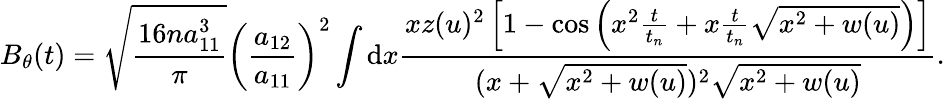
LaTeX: B_{\theta}(t)=\sqrt{\frac{16na_{11}^{3}}{\pi}}\left(\frac{a_{12}}{a_{11}}\right)^{2}\int\mathrm{d}x\frac{xz(u)^{2}\left[1-\cos\left(x^{2}\frac{t}{t_{n}}+x\frac{t}{t_{n}}\sqrt{x^{2}+w(u)}\right)\right]}{(x+\sqrt{x^{2}+w(u)})^{2}\sqrt{x^{2}+w(u)}}.